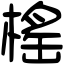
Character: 榣